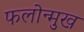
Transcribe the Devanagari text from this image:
फलोन्मुख